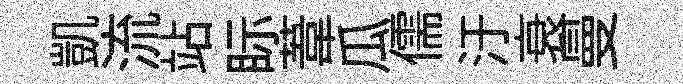
凱流站眎葦瓜儒汙衰曼